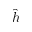
\hat { h }